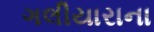
ગલીયારાના